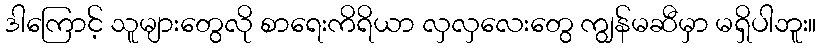
ဒါကြောင့် သူများတွေလို စာရေးကိရိယာ လှလှလေးတွေ ကျွန်မဆီမှာ မရှိပါဘူး။